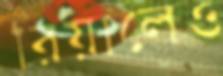
রিয়ালেও